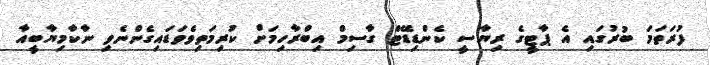
ފުރަތަމަ ބުރުގައި އެ ޕާޓީގެ ރިޔާސީ ކެންޑިޑޭޓް ގާސިމް އިބްރާހިމަށް ކުރިމަތިވެވަޑައިގެންނެވި ނާކާމިޔާބީއާ